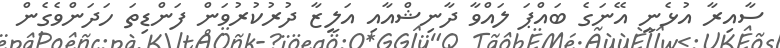
ސާއިރާ އުޅެނީ އޭނަގެ ބައްޕަ ލައްވާ ދާނިޝްއާއި އަލީޒާ ދުރުކުރުވަން ފަންޑިތަ ހަދަންވެގެން